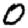
Digit: 0